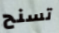
تسنح